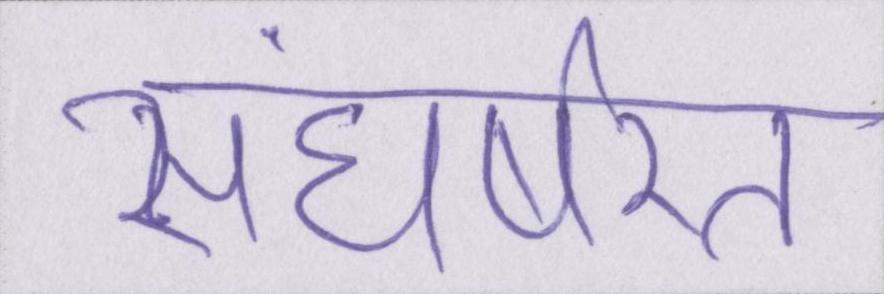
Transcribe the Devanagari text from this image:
संघर्षरत